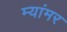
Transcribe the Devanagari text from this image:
म्यांमर